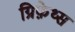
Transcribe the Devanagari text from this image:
ग्रिफ़ेथ्स